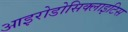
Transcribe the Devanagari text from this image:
आइरोडोसिक्लाइटिस